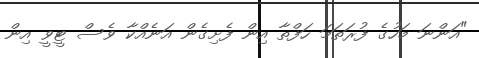
"އަންނަ މަހުގެ ފުރަތަމަ ހަފްތާ އިން ފެށިގެން އަނެއްކާ ވެސް ޓީވީ އިން